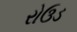
રોઉડ